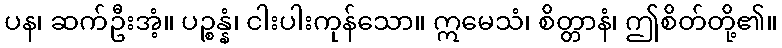
ပန၊ ဆက်ဦးအံ့။ ပဉ္စန္နံ၊ ငါးပါးကုန်သော။ ဣမေသံ၊ စိတ္တာနံ၊ ဤစိတ်တို့၏။